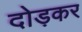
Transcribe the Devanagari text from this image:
दोड़कर